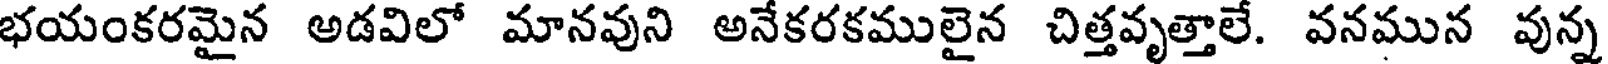
భయంకరమైన అడవిలో మానవుని అనేకరకములైన చిత్తవృత్తాలే. వనమున వున్న